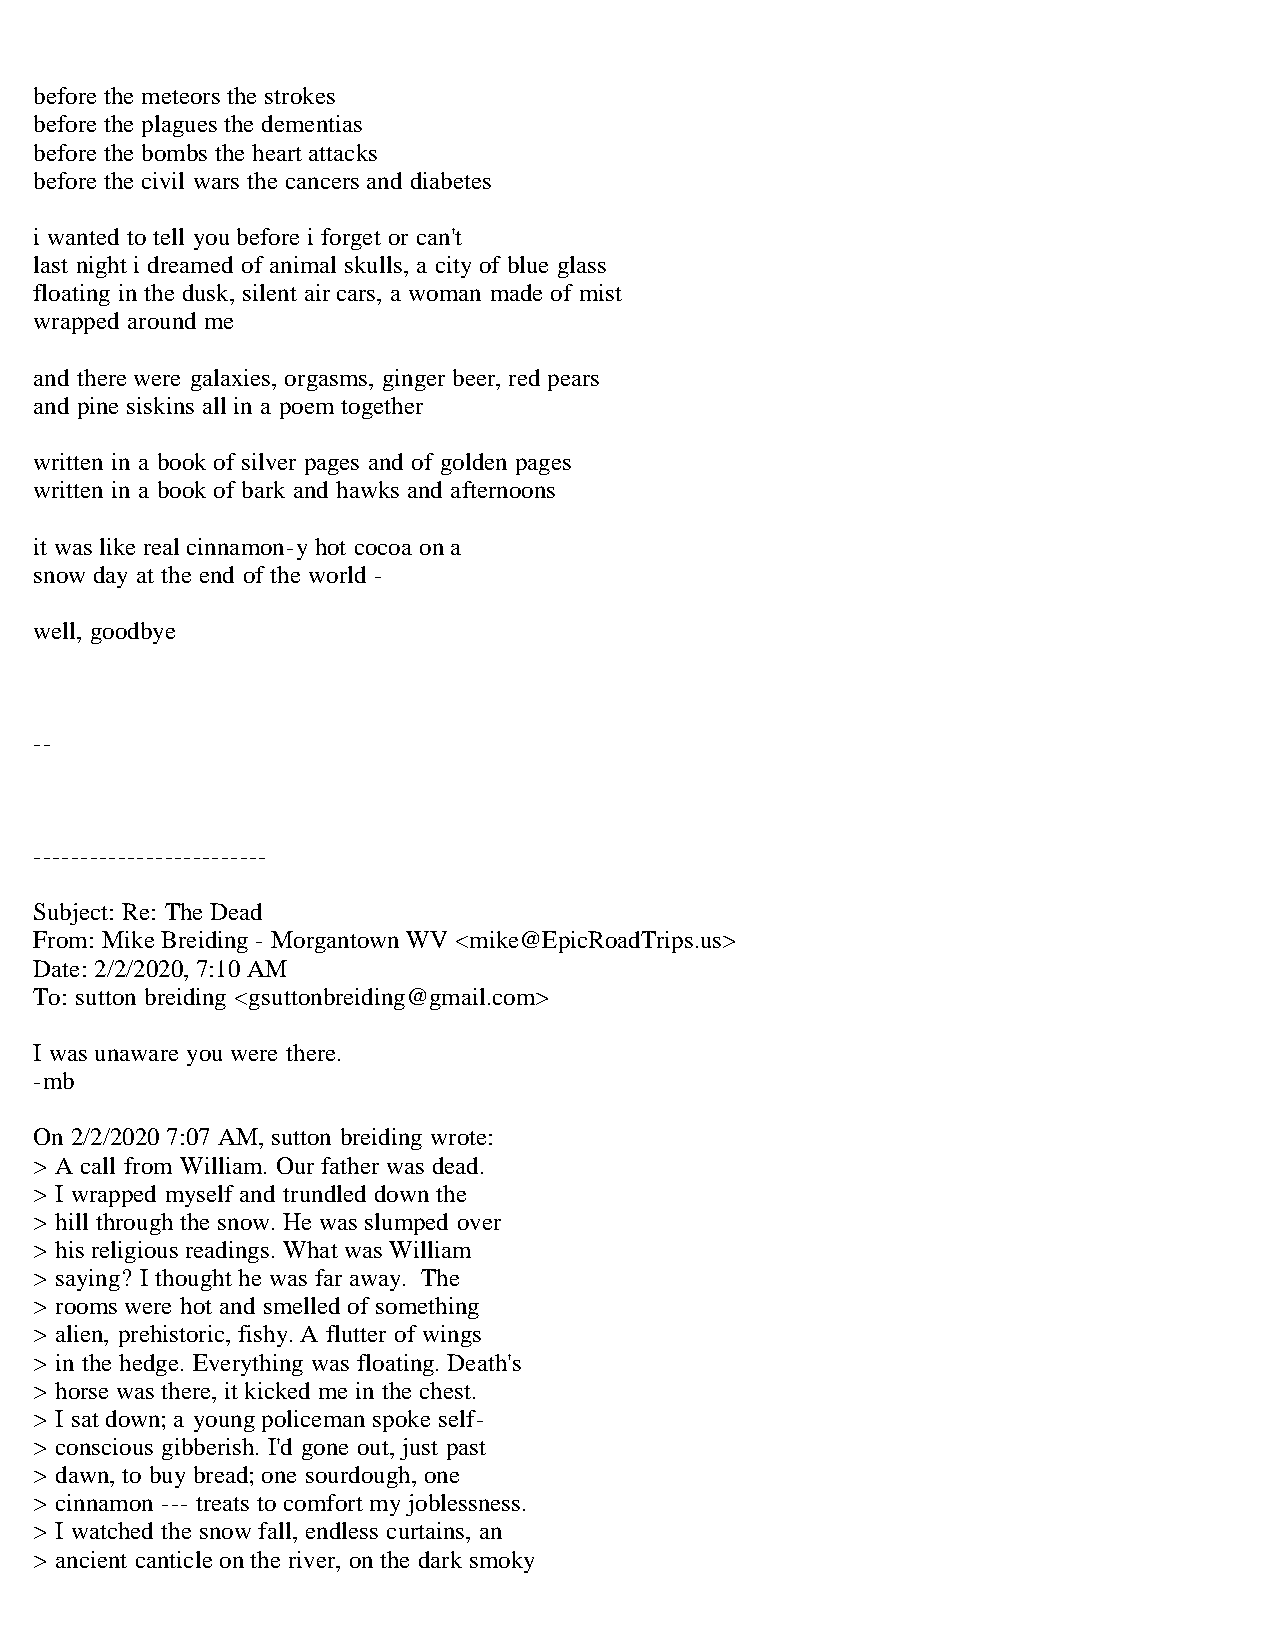
before the meteors the strokes
 before the plagues the dementias
 before the bombs the heart attacks
 before the civil wars the cancers and diabetes
 i wanted to tell you before i forget or can't
 last night i dreamed of animal skulls, a city of blue glass
 floating in the dusk, silent air cars, a woman made of mist
 wrapped around me
 and there were galaxies, orgasms, ginger beer, red pears
 and pine siskins all in a poem together
 written in a book of silver pages and of golden pages
 written in a book of bark and hawks and afternoons
 it was like real cinnamon-y hot cocoa on a
 snow day at the end of the world -
 well, goodbye
 --
 -------------------------
 Subject: Re: The Dead
 From: Mike Breiding - Morgantown WV <mike@EpicRoadTrips.us>
 Date: 2/2/2020, 7:10 AM
 To: sutton breiding <gsuttonbreiding@gmail.com>
 I was unaware you were there.
 -mb
 On 2/2/2020 7:07 AM, sutton breiding wrote:
 > A call from William. Our father was dead.
 > I wrapped myself and trundled down the
 > hill through the snow. He was slumped over
 > his religious readings. What was William
 > saying? I thought he was far away. The
 > rooms were hot and smelled of something
 > alien, prehistoric, fishy. A flutter of wings
 > in the hedge. Everything was floating. Death's
 > horse was there, it kicked me in the chest.
 > I sat down; a young policeman spoke self-
 > conscious gibberish. I'd gone out, just past
 > dawn, to buy bread; one sourdough, one
 > cinnamon --- treats to comfort my joblessness.
 > I watched the snow fall, endless curtains, an
 > ancient canticle on the river, on the dark smoky